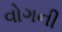
વોગની